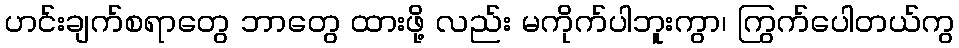
ဟင်းချက်စရာတွေ ဘာတွေ ထားဖို့ လည်း မကိုက်ပါဘူးကွာ၊ ကြွက်ပေါတယ်ကွ